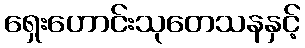
ရှေးဟောင်းသုတေသနနှင့်